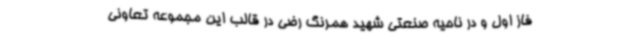
فاز اول و در ناحیه صنعتی شهید همرنگ رضی در قالب این مجموعه تعاونی